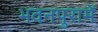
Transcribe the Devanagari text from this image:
भवनपुरामें